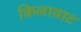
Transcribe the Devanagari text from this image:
किलावाट